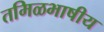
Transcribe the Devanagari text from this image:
तमिळभाषीय